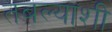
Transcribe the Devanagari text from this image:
तबल्याशी